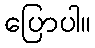
ပြောပါ။